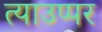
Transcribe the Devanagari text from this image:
त्याउप्पर